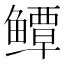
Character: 𱈓